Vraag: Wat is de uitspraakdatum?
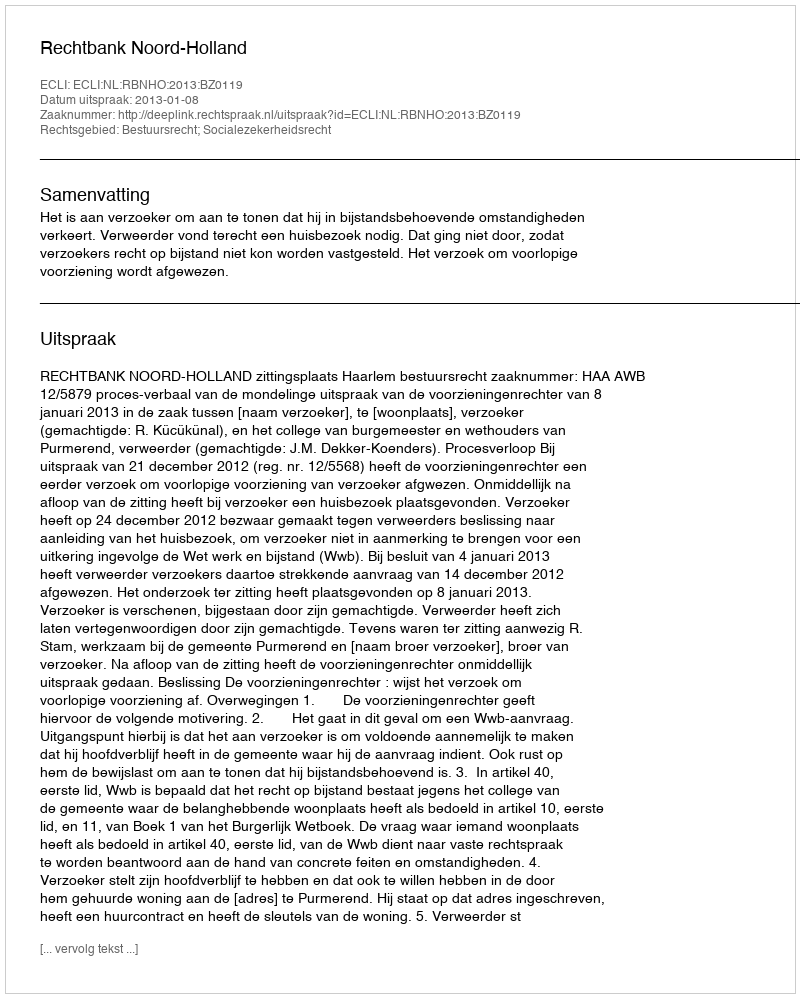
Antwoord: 2013-01-08